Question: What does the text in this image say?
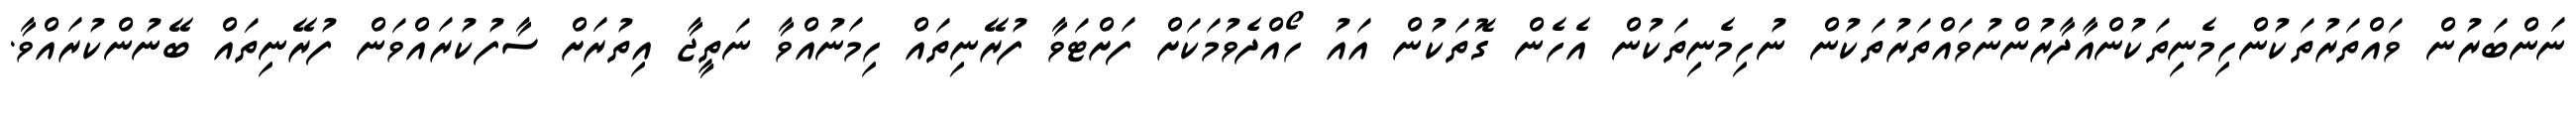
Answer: ނަންބަރުން ވައްތަރުތަކުންހިމެނިތަކުންއާދާރުންނުވައްތަރުތަކުން ނުހިމެނިތަކުން އެހެން ގޮތަކުން އައު ހޯއްދެވުމަކަށް ފަށްޓަވާ ފުރޭނިތައް ހިމަނުއްވާ ނަތީޖާ އިތުރަށް ސާފުކުރައްވަން ފުރޭނިތައް ބޭނުންކުރައްވާ.